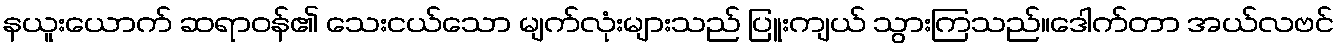
နယူးယောက် ဆရာဝန်၏ သေးငယ်သော မျက်လုံးများသည် ပြူးကျယ် သွားကြသည်။ဒေါက်တာ အယ်လဗင်